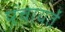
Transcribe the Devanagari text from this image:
प़ंचायतें